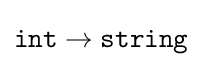
{\mathtt {int}}\rightarrow {\mathtt {string}}